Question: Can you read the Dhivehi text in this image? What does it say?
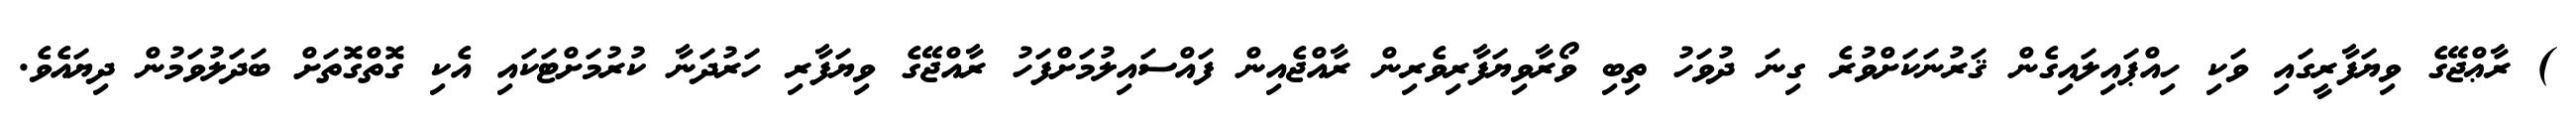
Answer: ) ރާޢްޖޭގެ ވިޔަފާރީގައި ވަކި ހިއްޕައިލައިގެން ޤަރުނަކަށްވުރެ ގިނަ ދުވަހު ތިބި ވޯރާވިޔަފާރިވެރިން ރާއްޖެއިން ފައްސައިލުމަށްފަހު ރާއްޖޭގެ ވިޔަފާރި ހަރުދަނާ ކުރުމަށްޓަކައި އެކި ގޮތްގޮތަށް ބަދަލުވަމުން ދިޔައެވެ.